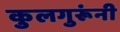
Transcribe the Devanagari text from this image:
कुलगुरूंनी